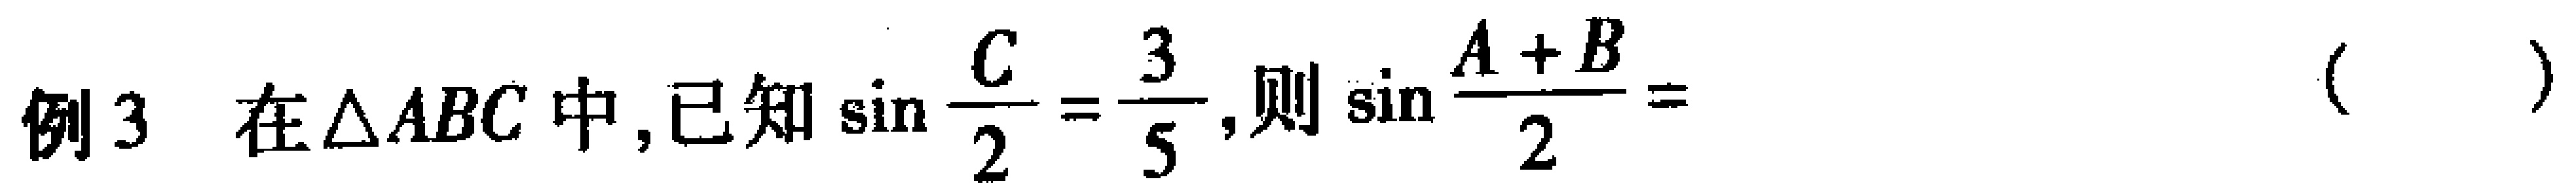
例3 在$\triangle ABC$中,已知$\sin \frac{C}{2}=\frac{3}{5}$,则$\sin \frac{A + B}{2}=$（  ）